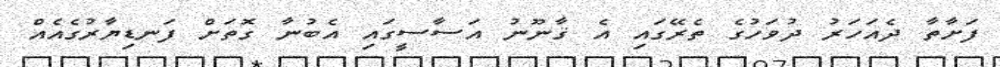
ފަށާތާ ދެއަހަރު ދުވަހުގެ ތެރޭގައި އެ ޤާނޫނު އަސާސީގައި އެބުނާ ގޮތަށް ފަނޑިޔާރުގެއެއް